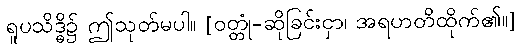
ရူပသိဒ္ဓိ၌ ဤသုတ်မပါ။ [ဝတ္တုံ-ဆိုခြင်းငှာ၊ အရဟတိထိုက်၏။]